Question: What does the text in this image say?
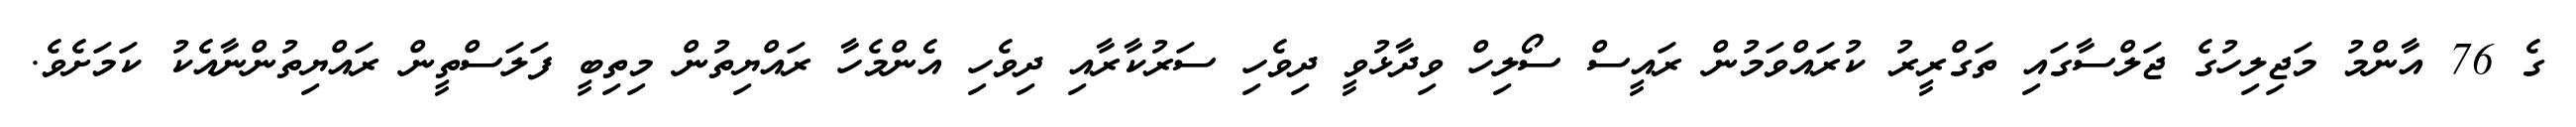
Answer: ގެ 76 އާންމު މަޖިލިހުގެ ޖަލްސާގައި ތަގްރީރު ކުރައްވަމުން ރައީސް ސޯލިހް ވިދާޅުވީ ދިވެހި ސަރުކާރާއި ދިވެހި އެންމެހާ ރައްޔިތުން މިތިބީ ފަލަސްތީން ރައްޔިތުންނާއެކު ކަމަށެވެ.